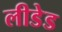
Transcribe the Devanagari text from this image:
लीडेड